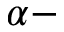
\alpha -